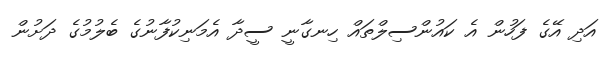
އަދި އޭގެ ފަހުން އެ ކައުންސިލްތައް ހިނގާނީ ސީދާ އެމަނިކުފާނުގެ ބެލުމުގެ ދަށުން